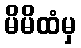
မိမိထံမှ